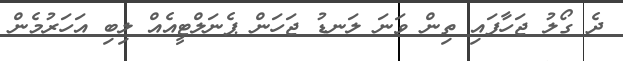
ދެ ގޯލު ޖަހާފައި ތިން ވަނަ ލަނޑު ޖަހަން ޕެނަލްޓީއެއް ލިބި އަހަރުމެން